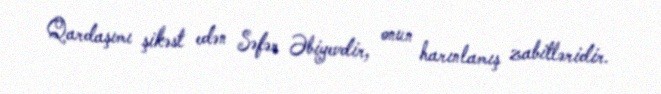
Qardaşımı şikəst edən Səfər Əbiyevdir, onun harınlamış zabitləridir.